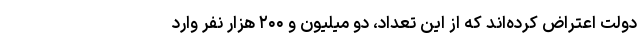
دولت اعتراض کرده‌اند که از این تعداد، دو میلیون و ۲۰۰ هزار نفر وارد